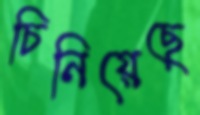
চিনিয়েছে